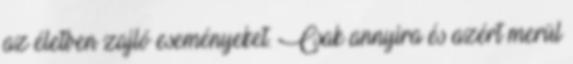
az életben zajló eseményeket. Csak annyira és azért merül